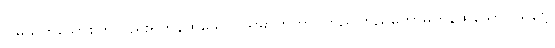
ငြိမ်သက်သောစိတ်လည်းရှိကုန်ထသော။ သမာဟိတာ၊ တည်ကြည်တော်မူကုန်ထသော။ သဗ္ဗေ၊